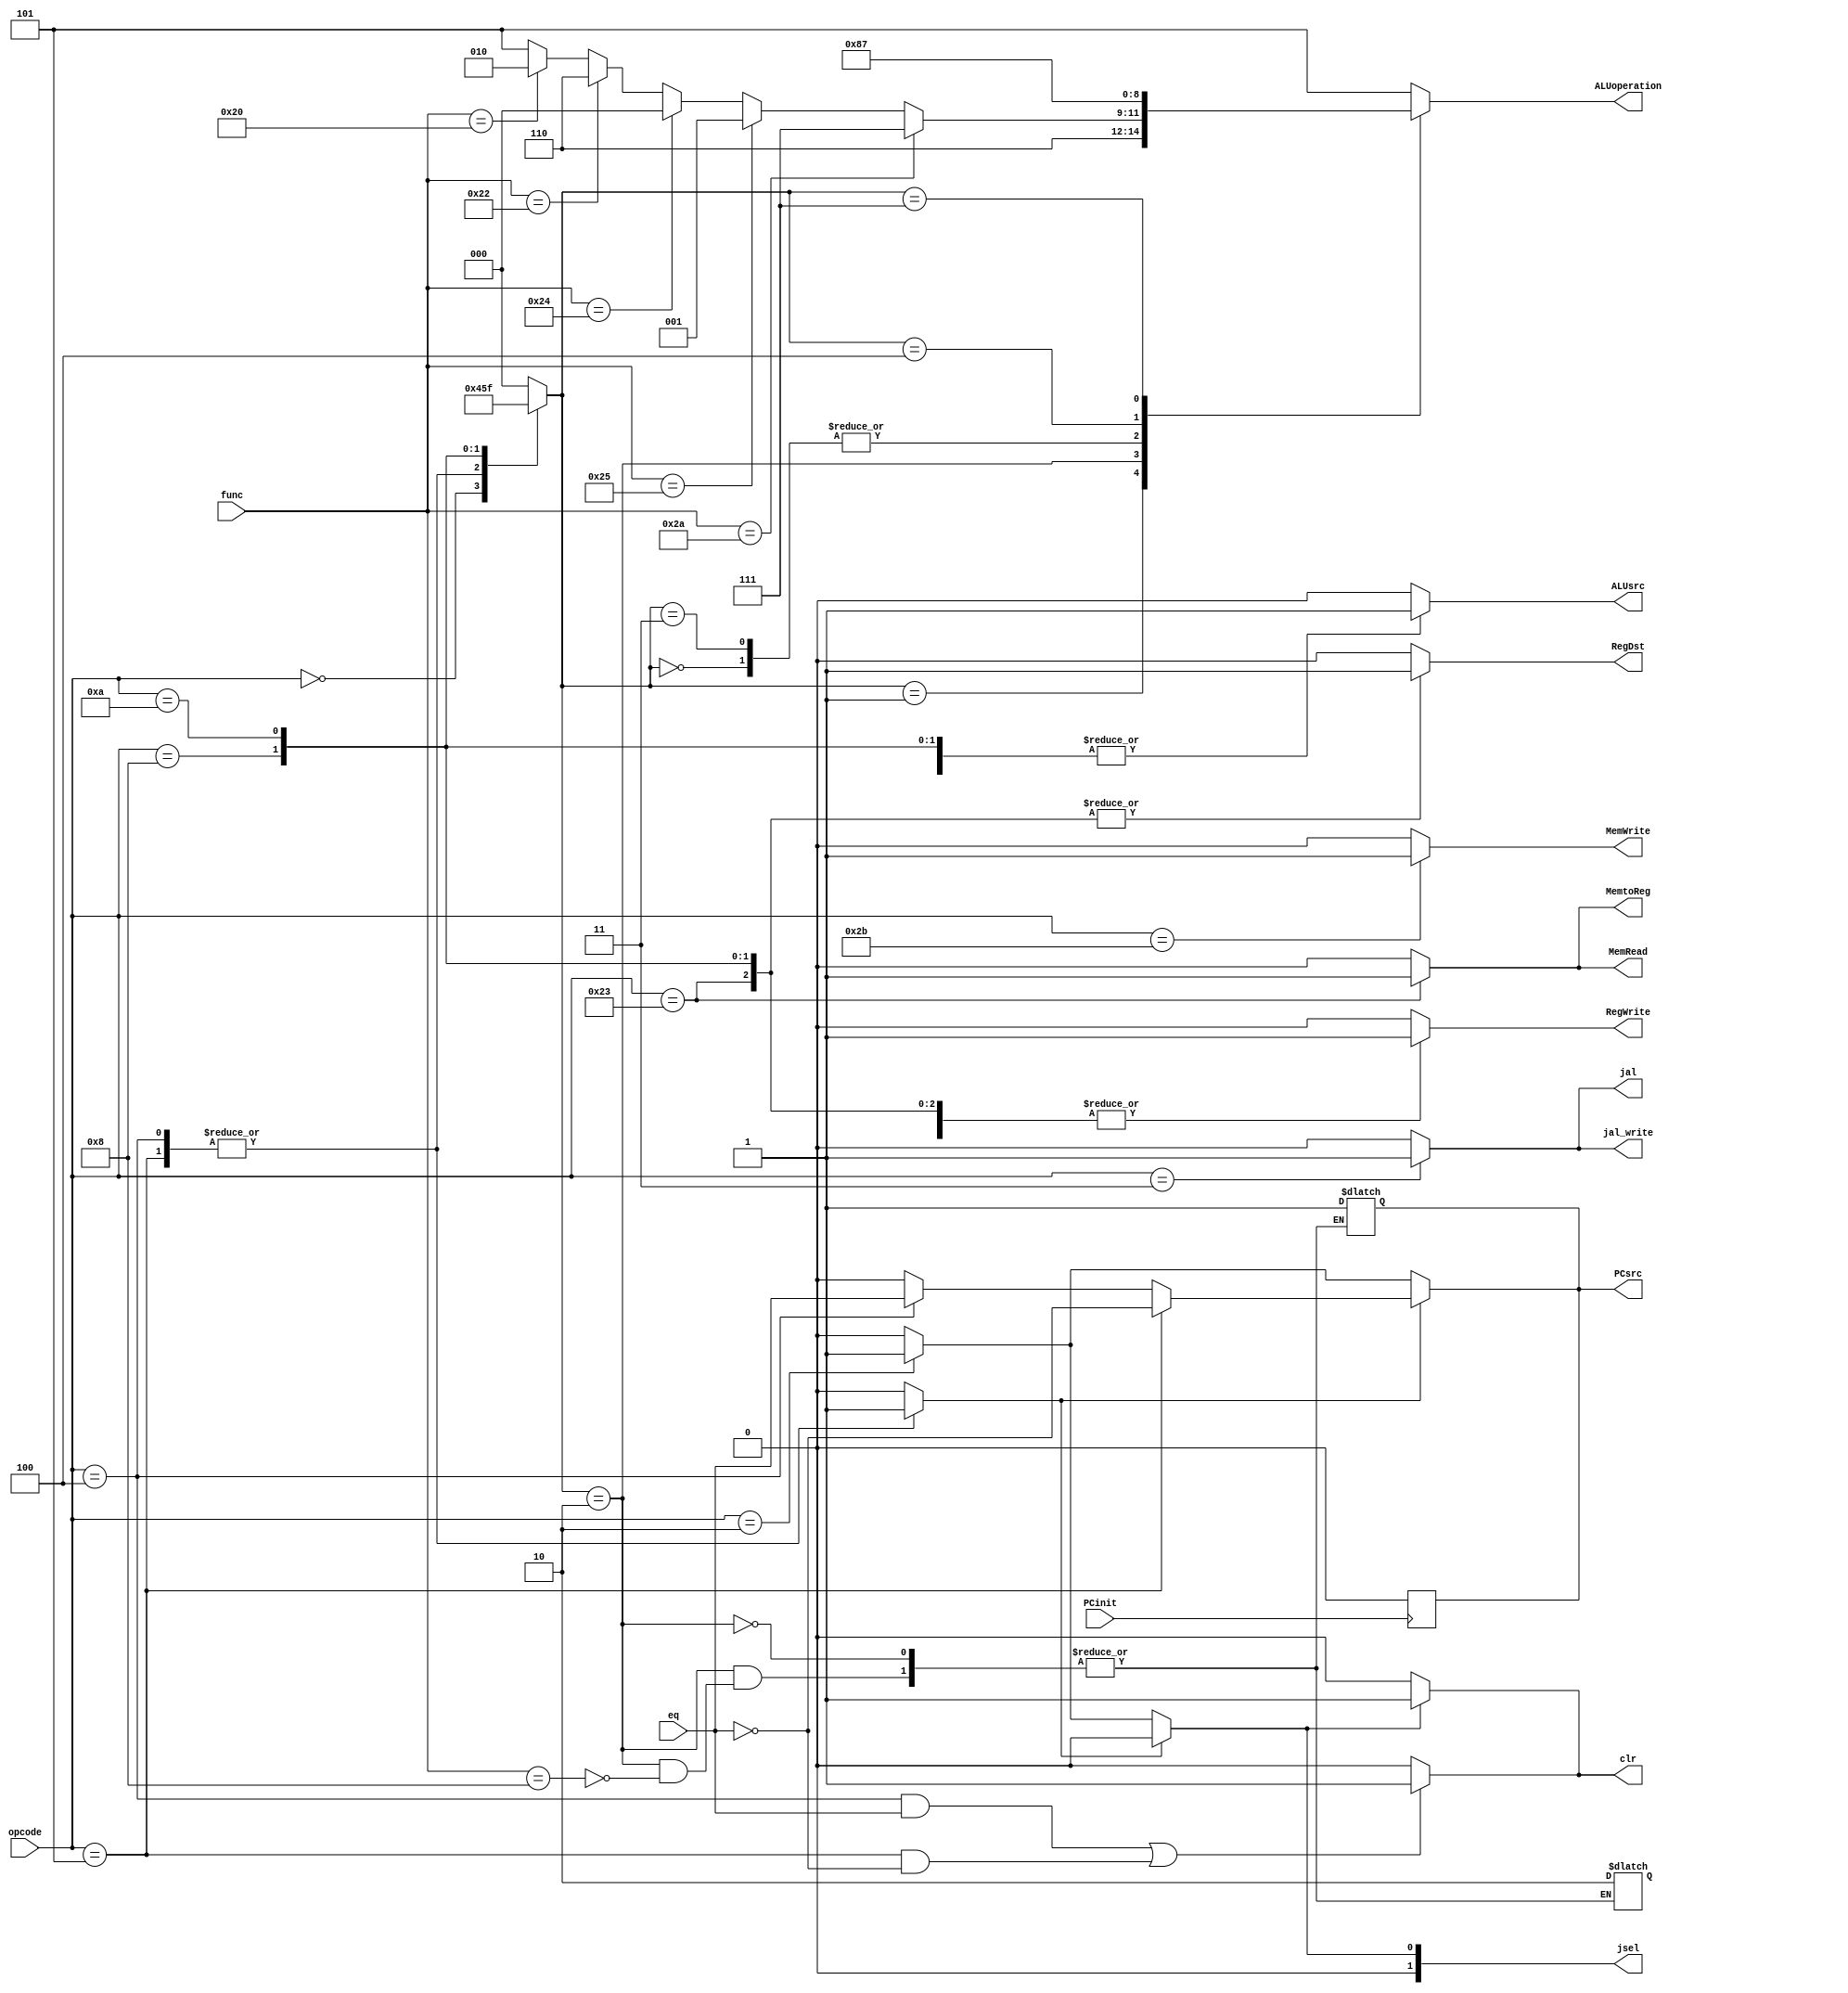
module controller(input [5:0]opcode,func,input PCinit,eq,output reg jal, jal_write,RegDst,ALUsrc,MemWrite,MemRead,MemtoReg,RegWrite,output reg [1:0]jsel, output reg PCsrc,clr,output reg[2:0]ALUoperation);
  reg [2:0]ALUop;
  reg Branch;
  always @(opcode)begin
    {RegDst,RegWrite,ALUsrc,MemtoReg,MemWrite,MemRead,Branch, jal, jal_write}=9'b0000000000;
    ALUop = 3'b000;
    case (opcode)
      6'b000000 :begin //R_type
        {ALUsrc,RegDst,MemWrite,MemRead,MemtoReg,RegWrite,Branch}=7'b0000010;
        ALUop = 3'b010;
		
      end
      6'b100011:begin //lw
        {ALUsrc,RegDst,MemWrite,MemRead,MemtoReg,RegWrite,Branch}=7'b1101110;
        ALUop = 3'b000;
      end
      6'b101011:begin //sw
       {ALUsrc,MemWrite,MemRead,RegWrite,Branch}=5'b11000;
        ALUop = 3'b000;
      end
      6'b000010 :begin //J
        Branch =1'b0;
      end
      6'b000100 :begin // beq
        {ALUsrc,MemWrite,MemRead,RegWrite,Branch}=5'b00001;
        ALUop = 3'b001;
      end
      6'b000101 :begin // bne
        {ALUsrc,MemWrite,MemRead,RegWrite,Branch}=5'b00001;
        ALUop = 3'b001;
      end
      6'b001000 :begin // addi
       {ALUsrc,RegDst,MemWrite,MemRead,MemtoReg,RegWrite,Branch}=7'b1100010;
        ALUop = 3'b011;
      end
      6'b001010 :begin // slti
	{ALUsrc,RegDst,MemWrite,MemRead,MemtoReg,RegWrite,Branch}=7'b1100010;
	 ALUop = 3'b111;
	end
	
      6'b000011 :begin //jal
	{ALUsrc,RegDst,MemWrite,MemRead,MemtoReg,RegWrite,Branch, jal, jal_write}=9'b000001011;
      end
    endcase
  end
  always@(ALUop,func)begin
    ALUoperation = 3'b101;
    case (ALUop)
      3'b000 :begin
        ALUoperation = 3'b010;
      end
      3'b001 :begin
        ALUoperation = 3'b110;
      end
      3'b010 :begin
        if(func == 6'b100000) ALUoperation = 3'b010;//add 
        if(func == 6'b100010) ALUoperation = 3'b110;//sub
        if(func == 6'b100100) ALUoperation = 3'b000;//and **
        if(func == 6'b100101) ALUoperation = 3'b001;//or **
        if(func == 6'b101010) ALUoperation = 3'b111;//slt
	if(func == 6'b001000) begin jsel = 2'b10; PCsrc = 1'b1; end
	 
      end 
      3'b011 :begin
        ALUoperation = 3'b010;
      end
      3'b100 :begin
        ALUoperation = 3'b000;
      end 
      3'b111 :begin
	ALUoperation = 3'b111;
      end
    endcase
  end
  always@(Branch,opcode,eq)begin
    PCsrc = 1'b0;
    //jsel = 1'b0;
    jsel = 2'b00;
    if(Branch == 1'b0)begin
      if(opcode == 6'b000010)begin
        //jsel = 1'b1;
	jsel = 2'b01;
        PCsrc = 1'b1;
      end
/*
      if(opcode == 6'b000000)begin
	jsel = 2'b10;
	PCsrc = 1'b1;
      end*/
    end
    else begin
      if(opcode == 6'b000100)PCsrc = eq;
      if(opcode == 6'b000101)PCsrc = ~eq;
    end
  end
  always@(posedge PCinit)begin
    PCsrc = 1'b0;
  end
  always@(eq)begin
    clr = (opcode == 6'b000100 && eq) || (opcode == 6'b000101 && ~eq)? 1 : 0;
  end
  always@(jsel)begin
    clr = 1'b0;
    if(jsel) clr = 1'b1;
  end
endmodule